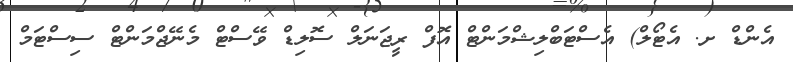
އެންޑް ށ. އެޓޯލް) އެސްޓަބްލިޝްމަންޓް އޮފް ރީޖަނަލް ސޮލިޑް ވޭސްޓް މެނޭޖްމަންޓް ސިސްޓަމް